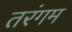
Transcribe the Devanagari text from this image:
तरंगम